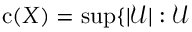
\mathrm { { c } } ( X ) = \operatorname* { s u p } \{ | { \mathcal { U } } | : { \mathcal { U } }